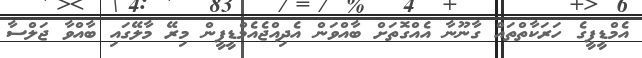
އެމްޑީޕީގެ ހަރަކާތްތައް ގާނޫނާ އެއްގޮތަށް ބާއްވަން އެދިއްޖެއެމްޑީޕީން މިރޭ މާލޭގައި ބާއްވާ ޖަލްސާ